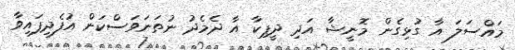
މައްސަލަ އާ ގުޅިގެން މޮނީޝާ އަދި ދީޕިކާ އާ ދެމެދު ނުތަނަވަސްކަން އުފެދިފައިވާ